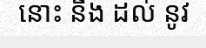
នោះ នឹង ដល់ នូវ